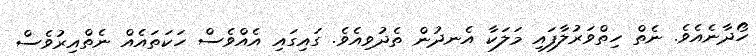
ހޯދާނެއެވެ. ނެތް ހިތްވަރުލާފައި މަލަކާ އެނދުން ތެދުވިއެވެ. ގައިގައި އެއްވެސް ހަކަތައެއް ނެތްއިރުވެސް